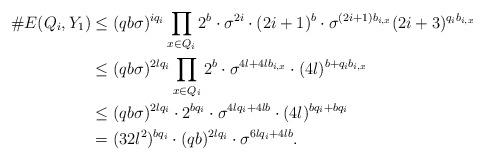
LaTeX: \begin{align*}\#E(Q_i,Y_1)&\le(qb\sigma)^{iq_i}\prod_{x\in Q_i}2^b\cdot\sigma^{2i}\cdot (2i+1)^b\cdot \sigma^{(2i+1)b_{i,x}}(2i+3)^{q_ib_{i,x}}\\&\le(qb\sigma)^{2lq_i}\prod_{x\in Q_i}2^b\cdot\sigma^{4l+4lb_{i,x}}\cdot(4l)^{b+q_ib_{i,x}}\\&\le(qb\sigma)^{2lq_i}\cdot2^{bq_i}\cdot\sigma^{4lq_i+4lb}\cdot(4l)^{bq_i+bq_i}\\&=(32l^2)^{bq_i}\cdot (qb)^{2lq_i}\cdot\sigma^{6lq_i+4lb}.\end{align*}